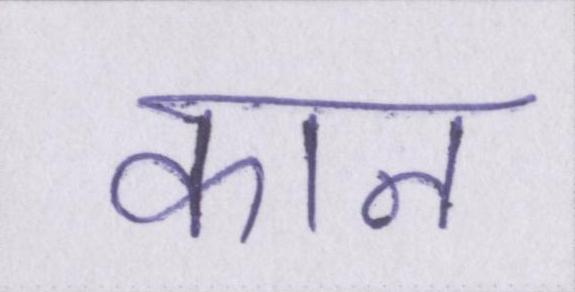
कान